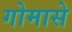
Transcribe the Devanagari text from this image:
गोमासे